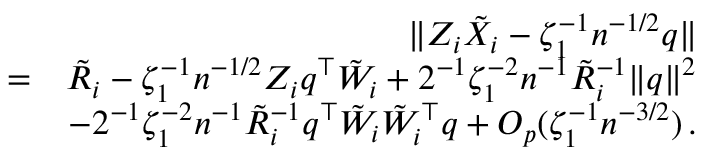
\begin{array} { r l r } & { } & { \| Z _ { i } \tilde { X } _ { i } - \zeta _ { 1 } ^ { - 1 } n ^ { - 1 / 2 } { q } \| } \\ & { = } & { \tilde { R } _ { i } - \zeta _ { 1 } ^ { - 1 } n ^ { - 1 / 2 } Z _ { i } { q } ^ { \top } { \tilde { W } } _ { i } + 2 ^ { - 1 } \zeta _ { 1 } ^ { - 2 } n ^ { - 1 } \tilde { R } _ { i } ^ { - 1 } \| { q } \| ^ { 2 } } \\ & { } & { - 2 ^ { - 1 } \zeta _ { 1 } ^ { - 2 } n ^ { - 1 } \tilde { R } _ { i } ^ { - 1 } { q } ^ { \top } { \tilde { W } } _ { i } { \tilde { W } } _ { i } ^ { \top } { q } + O _ { p } ( \zeta _ { 1 } ^ { - 1 } n ^ { - 3 / 2 } ) \, . } \end{array}